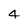
Character: 4